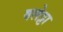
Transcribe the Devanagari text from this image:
वलेट्टा